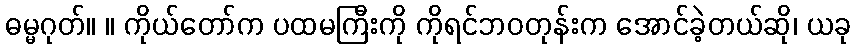
ဓမ္မဂုတ်။ ။ ကိုယ်တော်က ပထမကြီးကို ကိုရင်ဘဝတုန်းက အောင်ခဲ့တယ်ဆို၊ ယခု